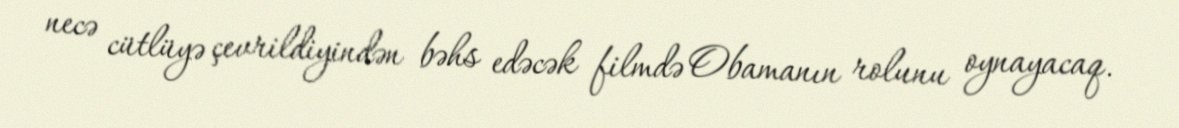
necə cütlüyə çevrildiyindən bəhs edəcək filmdə Obamanın rolunu oynayacaq.